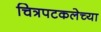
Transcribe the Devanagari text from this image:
चित्रपटकलेच्या